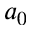
a _ { 0 }